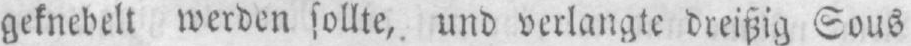
geknebelt werden sollte, und verlangte dreißig Sous